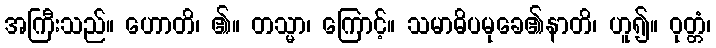
အကြီးသည်။ ဟောတိ၊ ၏။ တသ္မာ၊ ကြောင့်။ သမာဓိပမုခေ၏နာတိ၊ ဟူ၍။ ဝုတ္တံ၊